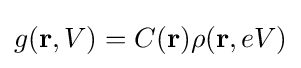
g(\mathbf {r} ,V)=C(\mathbf {r} )\rho (\mathbf {r} ,eV)